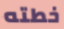
خطته